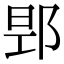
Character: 𮟻